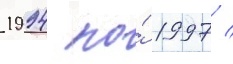
1994 по́ 1997 /